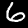
Digit: 6